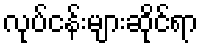
လုပ်ငန်းများဆိုင်ရာ